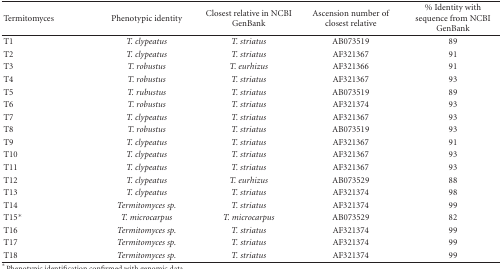
<table><thead><tr><td><b>Termitomyces</b></td><td><b>Phenotypic identity</b></td><td><b>Closest relative in NCBI GenBank</b></td><td><b>Ascension number of closest relative</b></td><td><b>% Identity with sequence from NCBI GenBank</b></td></tr></thead><tbody><tr><td>T1</td><td><i>T. clypeatus</i></td><td><i>T. striatus</i></td><td>AB073519</td><td>89</td></tr><tr><td>T2</td><td><i>T. clypeatus</i></td><td><i>T. striatus</i></td><td>AF321367</td><td>91</td></tr><tr><td>T3</td><td><i>T. robustus </i></td><td><i>T. eurhizus</i></td><td>AF321366</td><td>91</td></tr><tr><td>T4</td><td><i>T. robustus</i></td><td><i>T. striatus</i></td><td>AF321367</td><td>93</td></tr><tr><td>T5</td><td><i>T. rubustus</i></td><td><i>T. striatus</i></td><td>AB073519</td><td>89</td></tr><tr><td>T6</td><td><i>T. robustus</i></td><td><i>T. striatus</i></td><td>AF321374</td><td>93</td></tr><tr><td>T7</td><td><i>T. clypeatus</i></td><td><i>T. striatus</i></td><td>AF321367</td><td>93</td></tr><tr><td>T8</td><td><i>T. robustus </i></td><td><i>T. striatus</i></td><td>AB073519</td><td>93</td></tr><tr><td>T9</td><td><i>T. clypeatus</i></td><td><i>T. striatus</i></td><td>AF321367</td><td>91</td></tr><tr><td>T10</td><td><i>T. clypeatus</i></td><td><i>T. striatus</i></td><td>AF321367</td><td>93</td></tr><tr><td>T11</td><td><i>T. clypeatus</i></td><td><i>T. striatus</i></td><td>AF321367</td><td>93</td></tr><tr><td>T12</td><td><i>T. clypeatus</i></td><td><i>T. eurhizus</i></td><td>AB073529</td><td>88</td></tr><tr><td>T13</td><td><i>T. clypeatus</i></td><td><i>T. striatus</i></td><td>AF321374</td><td>98</td></tr><tr><td>T14</td><td><i>Termitomyces sp.</i></td><td><i>T. striatus</i></td><td>AF321374</td><td>99</td></tr><tr><td>T15*</td><td><i>T. microcarpus</i></td><td><i>T. microcarpus</i></td><td>AB073529</td><td>82</td></tr><tr><td>T16</td><td><i>Termitomyces sp.</i></td><td><i>T. striatus</i></td><td>AF321374</td><td>99</td></tr><tr><td>T17</td><td><i>Termitomyces sp.</i></td><td><i>T. striatus</i></td><td>AF321374</td><td>99</td></tr><tr><td>T18</td><td><i>Termitomyces sp.</i></td><td><i>T. striatus</i></td><td>AF321374</td><td>99</td></tr></tbody></table>